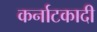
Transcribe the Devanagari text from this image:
कर्नाटकादी